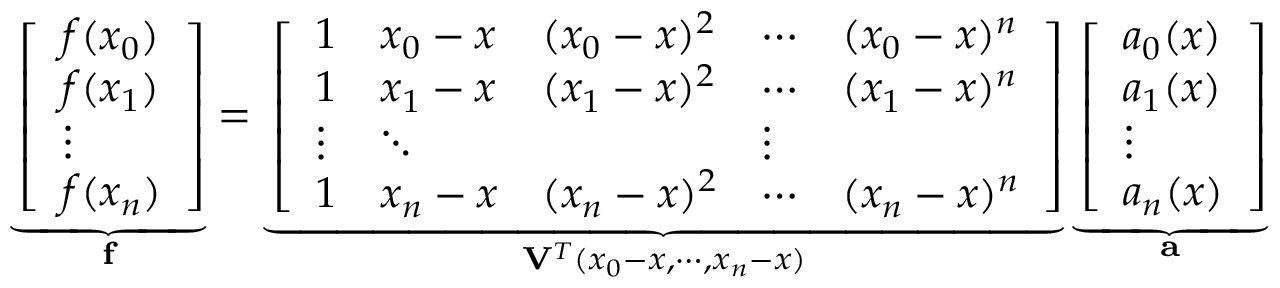
\underbrace { \left[ \begin{array} { l } { f ( x _ { 0 } ) } \\ { f ( x _ { 1 } ) } \\ { \vdots } \\ { f ( x _ { n } ) } \end{array} \right] } _ { \mathbf { f } } = \underbrace { \left[ \begin{array} { l l l l l } { 1 } & { x _ { 0 } - x } & { ( x _ { 0 } - x ) ^ { 2 } } & { \cdots } & { ( x _ { 0 } - x ) ^ { n } } \\ { 1 } & { x _ { 1 } - x } & { ( x _ { 1 } - x ) ^ { 2 } } & { \cdots } & { ( x _ { 1 } - x ) ^ { n } } \\ { \vdots } & { \ddots } & & { \vdots } \\ { 1 } & { x _ { n } - x } & { ( x _ { n } - x ) ^ { 2 } } & { \cdots } & { ( x _ { n } - x ) ^ { n } } \end{array} \right] } _ { \mathbf { V } ^ { T } ( x _ { 0 } - x , \cdots , x _ { n } - x ) } \underbrace { \left[ \begin{array} { l } { a _ { 0 } ( x ) } \\ { a _ { 1 } ( x ) } \\ { \vdots } \\ { a _ { n } ( x ) } \end{array} \right] } _ { \mathbf { a } }